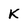
Character: K